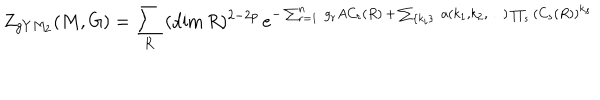
Z _ { g Y M _ { 2 } } ( M , G ) = \sum _ { R } \, ( \dim R ) ^ { 2 - 2 p } \, e ^ { - \sum _ { r = 1 } ^ { n } \, g _ { r } A C _ { r } ( R ) \, + \, \sum _ { \{ k _ { i } \} } \, a ( k _ { 1 } , k _ { 2 } , \ldots ) \prod _ { s } \, ( C _ { s } ( R ) ) ^ { k _ { s } } }